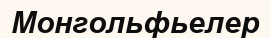
Монгольфьелер